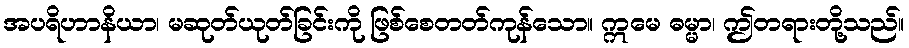
အပရိဟာနိယာ၊ မဆုတ်ယုတ်ခြင်းကို ဖြစ်စေတတ်ကုန်သော။ ဣမေ ဓမ္မာ၊ ဤတရားတို့သည်။